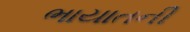
ભાયાતની